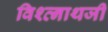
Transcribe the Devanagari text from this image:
विश्व्नाथजी